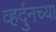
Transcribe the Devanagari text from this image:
व्हर्दुनच्या